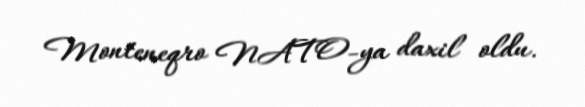
Monteneqro NATO-ya daxil oldu.